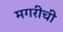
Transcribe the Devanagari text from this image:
मगरीची